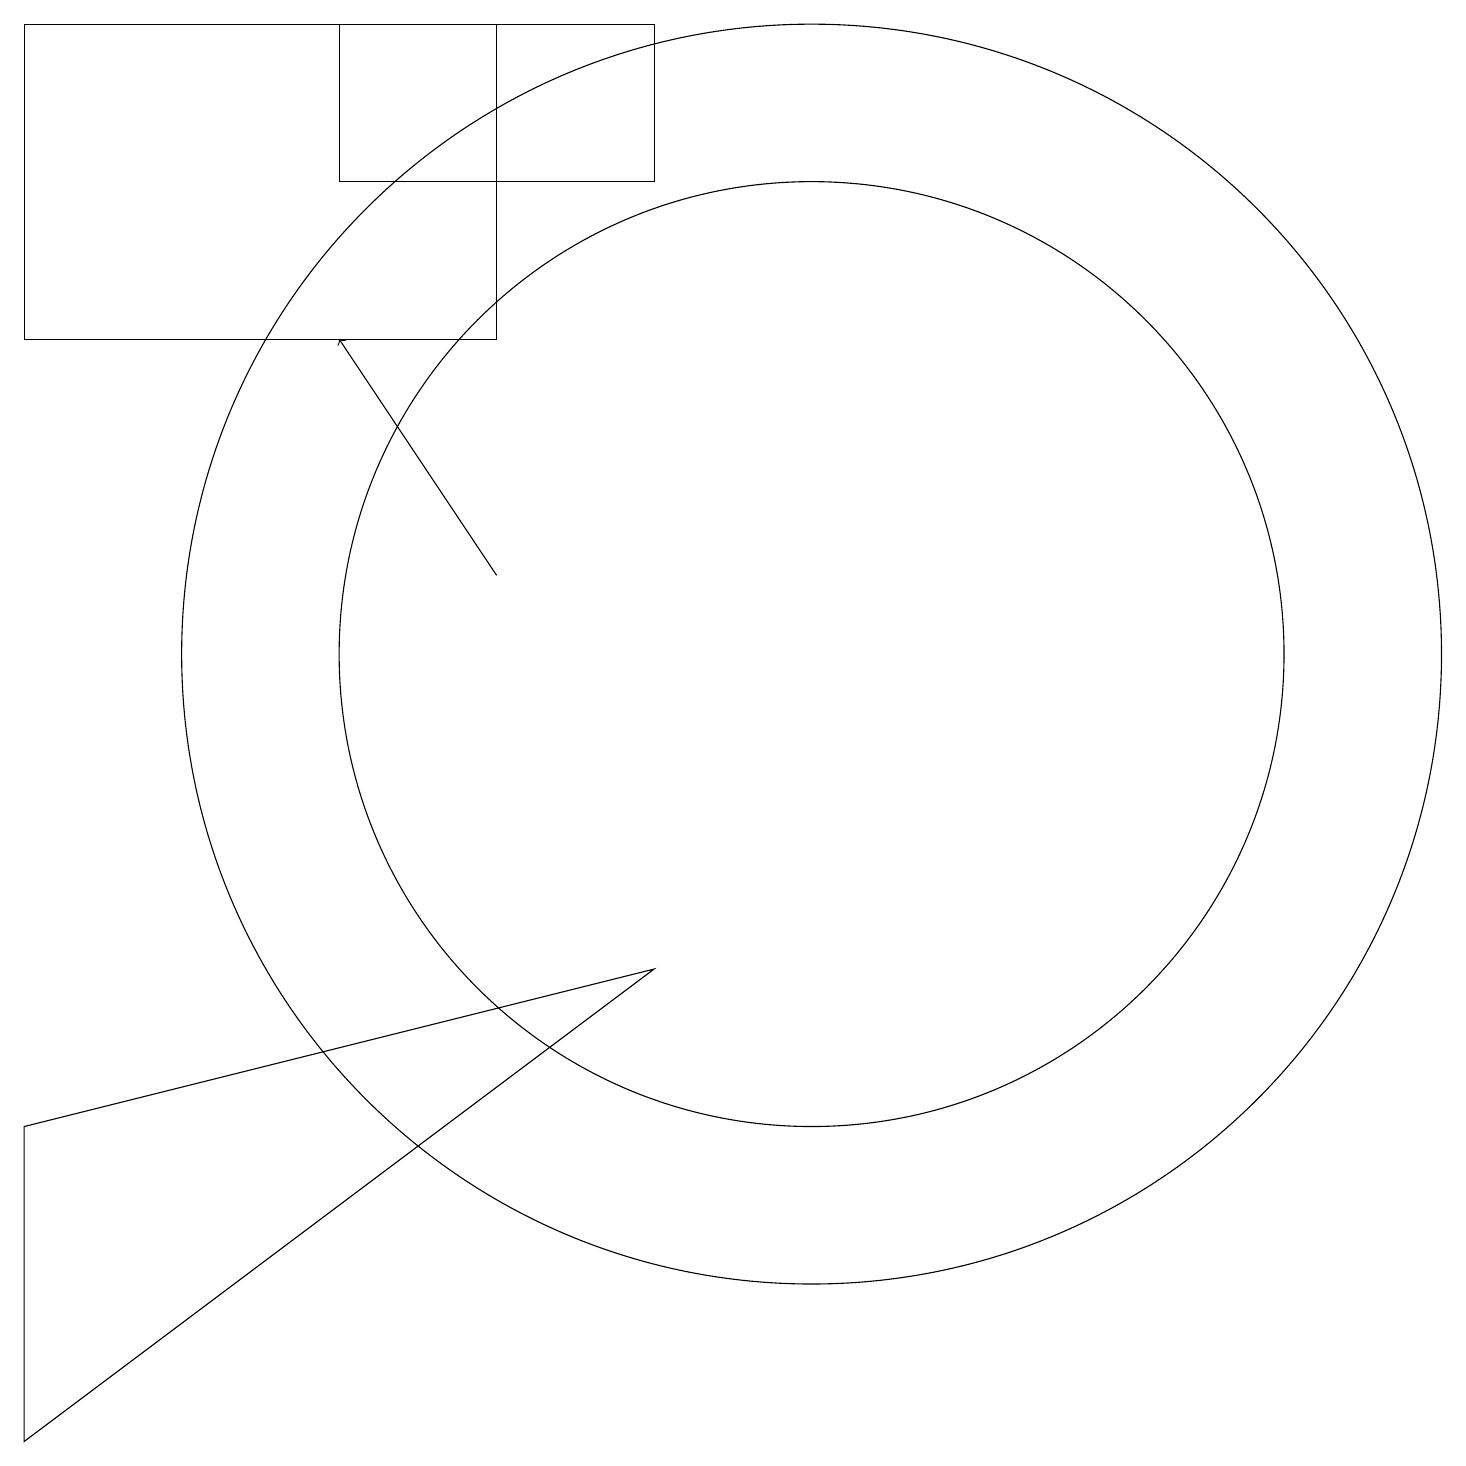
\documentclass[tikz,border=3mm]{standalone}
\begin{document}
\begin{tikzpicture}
\draw (0,5) -- (8,7) -- (0,1) -- cycle;
\draw (10,11) circle (8);
\draw[->] (6,12) -- (4,15);
\draw (4,19) rectangle (8,17);
\draw (10,11) circle (6);
\draw (0,15) rectangle (6,19);
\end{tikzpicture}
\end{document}